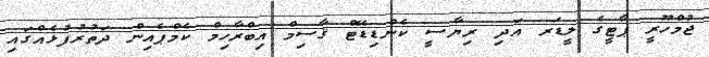
ޖުމްހޫރީ ޕާޓީގެ ލީޑަރ އަދި ރިޔާސީ ކެންޑިޑޭޓް ޤާސިމް އިބްރާހިމް ކެމްޕެއިން ދަތުރުފުޅެއްގައި